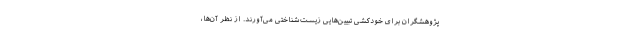
پژوهشگران برای خودکشی تبیین‌هایی زیست‌شناختی می‌آورند. از نظر آن‌ها،